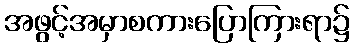
အဖွင့်အမှာစကားပြောကြားရာ၌